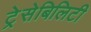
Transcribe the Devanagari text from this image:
ट्रेसेबिलिटी